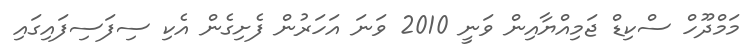
މަމްދޫހް ސްކިޑް ޖަމިއްޔާއިން ވަނީ 2010 ވަނަ އަހަރުން ފެށިގެން އެކި ސިފަސިފައިގައި